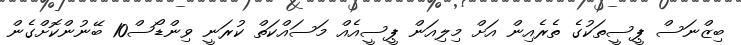
ބިޒްނަސް ޕީސީތަކުގެ ތެރެއިން އަށް މިލިއަން ޕީސީއެއް މަސައްކަތް ކުރަނީ ވިންޑޯސް10 ބޭނުންކޮށްގެން